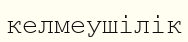
келмеушілік